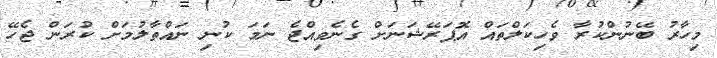
މިހާރު ބޭނުންކުރާ ވެހިކަލްތައް އޮޕަރޭޝަނަށް ގެނެވިއްޖެ ނަމަ ކުނި ނައްތާލުމަށް ކުރަން ޖެހޭ